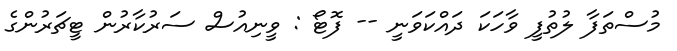
މުސްތަފާ ލުތުފީ ވާހަކަ ދައްކަވަނީ -- ފޮޓޯ : ވީނިއުސް ސަރުކާރުން ޓީޗަރުންގެ